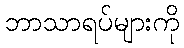
ဘာသာရပ်များကို